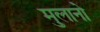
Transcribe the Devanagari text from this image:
मुलानो